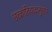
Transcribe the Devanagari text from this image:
उत्क्रांतिवादानुसार